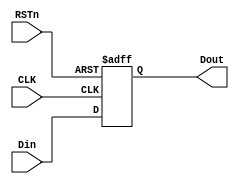
module center_module
(
	input CLK,
	input RSTn,
    input [3:0]Din,
    output [3:0]Dout
);
    /********************************************/

    reg [3:0]rData;
    
    always @ ( posedge CLK or negedge RSTn )
        if( !RSTn )
            begin
                rData <= 4'd0;
            end
        else 
            begin
                rData <= Din;
            end
    
    /********************************************/
            
    assign Dout = rData;
    
    /********************************************/
    
endmodule